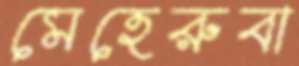
মেহেরুবা